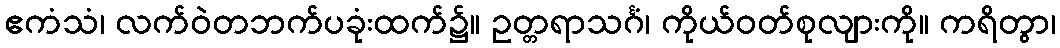
ဧကံသံ၊ လက်ဝဲတဘက်ပခုံးထက်၌။ ဥတ္တရာသင်္ဂံ၊ ကိုယ်ဝတ်စုလျားကို။ ကရိတွာ၊